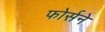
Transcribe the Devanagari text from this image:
फोर्सने